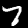
Label: 7